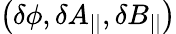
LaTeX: \left(\delta\phi,\delta A_{||},\delta B_{||}\right)